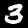
Label: 3